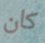
كان